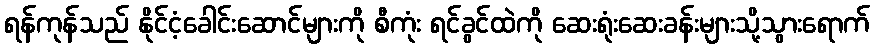
ရန်ကုန်သည် နိုင်ငံ့ခေါင်းဆောင်များကို စီကုံး ရင်ခွင်ထဲကို ဆေးရုံးဆေးခန်းများသို့သွားရောက်